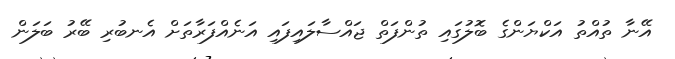
އޭނާ ތުއްތު އަކްޔަންގެ ބޮލުގައި ތުންފަތް ޖައްސާލައިފައި އަނެއްފަރާތަށް އެނބުރި ބޭރު ބަލަން